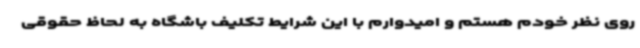
روی نظر خودم هستم و امیدوارم با این شرایط تکلیف باشگاه به لحاظ حقوقی